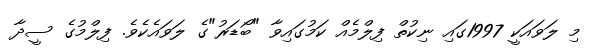
މި ލަވައަކީ 1997ގައި ނިކުތް ފިލްމެއް ކަމުގައިވާ "ބޯޑަރު"ގެ ލަވައެކެވެ. ފިލްމުގެ ސީދާ